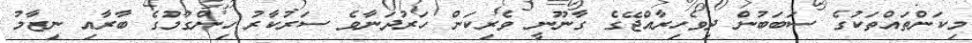
މިކަންތައްތަކުގެ ސަބަބުން ދިވެހިރާއްޖޭގެ ގާނޫނީ ވެރިކަން ހަރުދަނާވެ ސަރުކާރު ހިންގުމުގެ ބާރާއި ނިޒާމު